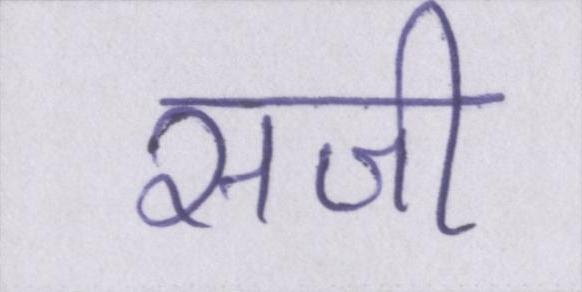
सजी